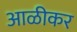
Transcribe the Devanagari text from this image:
आळीकर